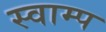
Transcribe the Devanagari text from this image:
स्वाम्प